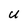
Character: U